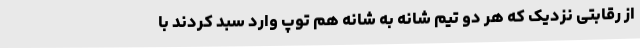
از رقابتی نزدیک که هر دو تیم شانه به شانه هم توپ وارد سبد کردند با